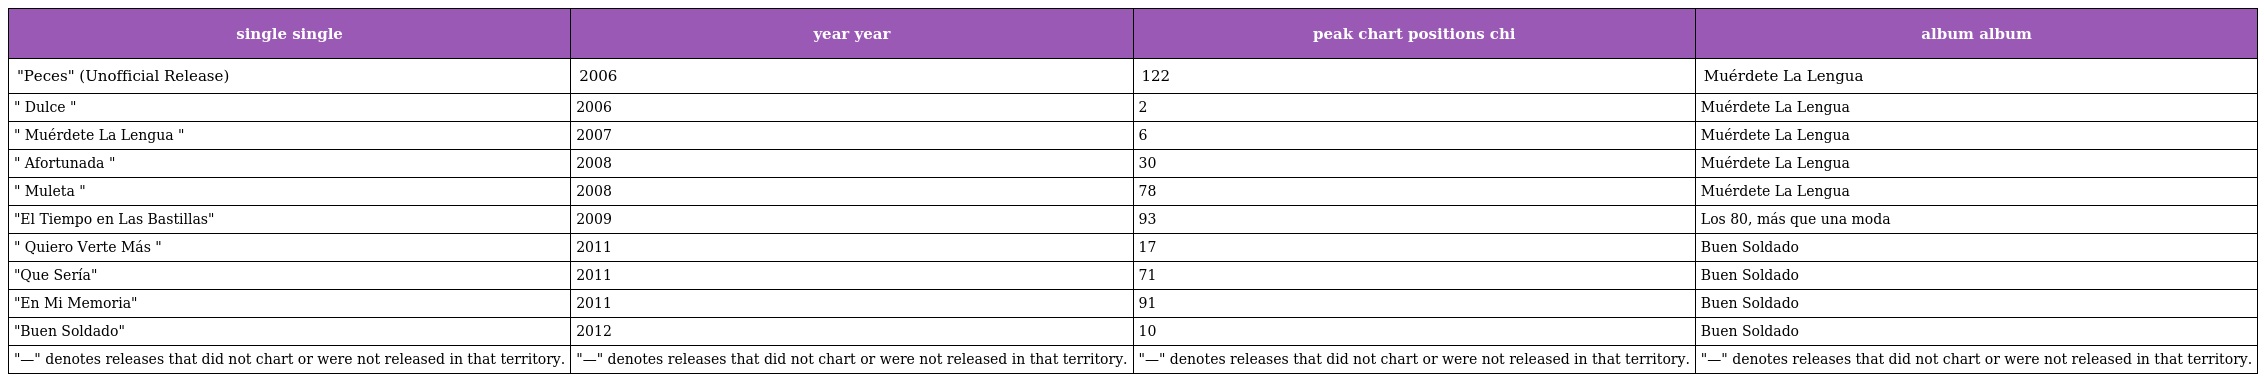
| single single | year year | peak chart positions chi | album album |
 | --- | --- | --- | --- |
 | "Peces" (Unofficial Release) | 2006 | 122 | Muérdete La Lengua |
 | " Dulce " | 2006 | 2 | Muérdete La Lengua |
 | " Muérdete La Lengua " | 2007 | 6 | Muérdete La Lengua |
 | " Afortunada " | 2008 | 30 | Muérdete La Lengua |
 | " Muleta " | 2008 | 78 | Muérdete La Lengua |
 | "El Tiempo en Las Bastillas" | 2009 | 93 | Los 80, más que una moda |
 | " Quiero Verte Más " | 2011 | 17 | Buen Soldado |
 | "Que Sería" | 2011 | 71 | Buen Soldado |
 | "En Mi Memoria" | 2011 | 91 | Buen Soldado |
 | "Buen Soldado" | 2012 | 10 | Buen Soldado |
 | "—" denotes releases that did not chart or were not released in that territory. | "—" denotes releases that did not chart or were not released in that territory. | "—" denotes releases that did not chart or were not released in that territory. | "—" denotes releases that did not chart or were not released in that territory. |